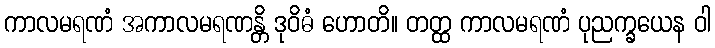
ကာလမရဏံ အကာလမရဏန္တိ ဒုဝိဓံ ဟောတိ။ တတ္ထ ကာလမရဏံ ပုညက္ခယေန ဝါ